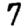
Digit: 7